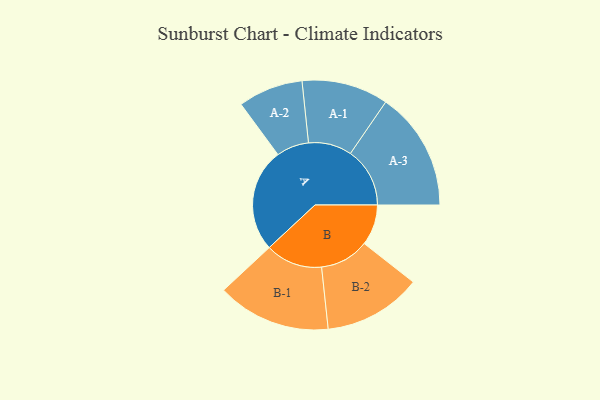
{"axis": {"x": "Segment", "y": "Value"}, "legend": ["", "A", "B"], "data": [{"x": "A", "y": 487, "type": ""}, {"x": "B", "y": 192, "type": ""}, {"x": "A-1", "y": 204, "type": "A"}, {"x": "A-2", "y": 153, "type": "A"}, {"x": "A-3", "y": 280, "type": "A"}, {"x": "B-1", "y": 268, "type": "B"}, {"x": "B-2", "y": 231, "type": "B"}]}